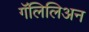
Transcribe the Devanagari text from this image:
गॅलिलिअन